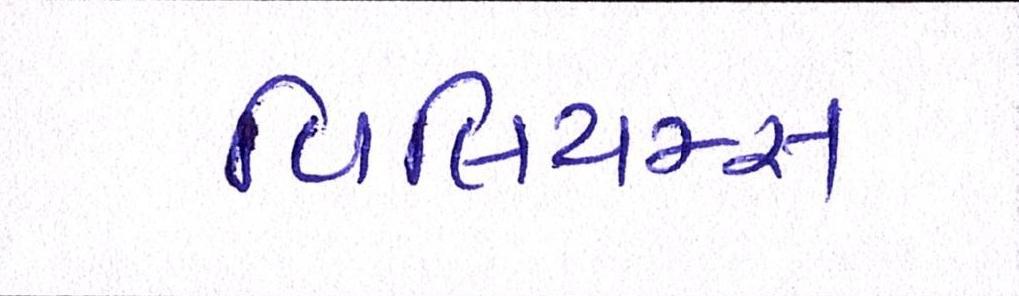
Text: વિલિયમ્સ